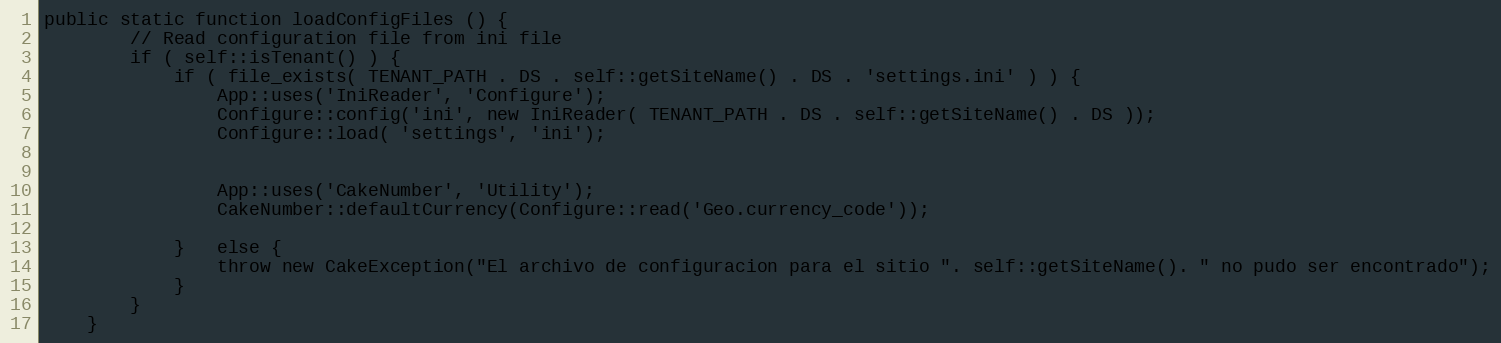
Language: PHP
public static function loadConfigFiles () {
		// Read configuration file from ini file
		if ( self::isTenant() ) {
			if ( file_exists( TENANT_PATH . DS . self::getSiteName() . DS . 'settings.ini' ) ) {
				App::uses('IniReader', 'Configure');
				Configure::config('ini', new IniReader( TENANT_PATH . DS . self::getSiteName() . DS ));
				Configure::load( 'settings', 'ini');

				App::uses('CakeNumber', 'Utility');
				CakeNumber::defaultCurrency(Configure::read('Geo.currency_code'));

			}	else {
				throw new CakeException("El archivo de configuracion para el sitio ". self::getSiteName(). " no pudo ser encontrado");
			}
		}
	}